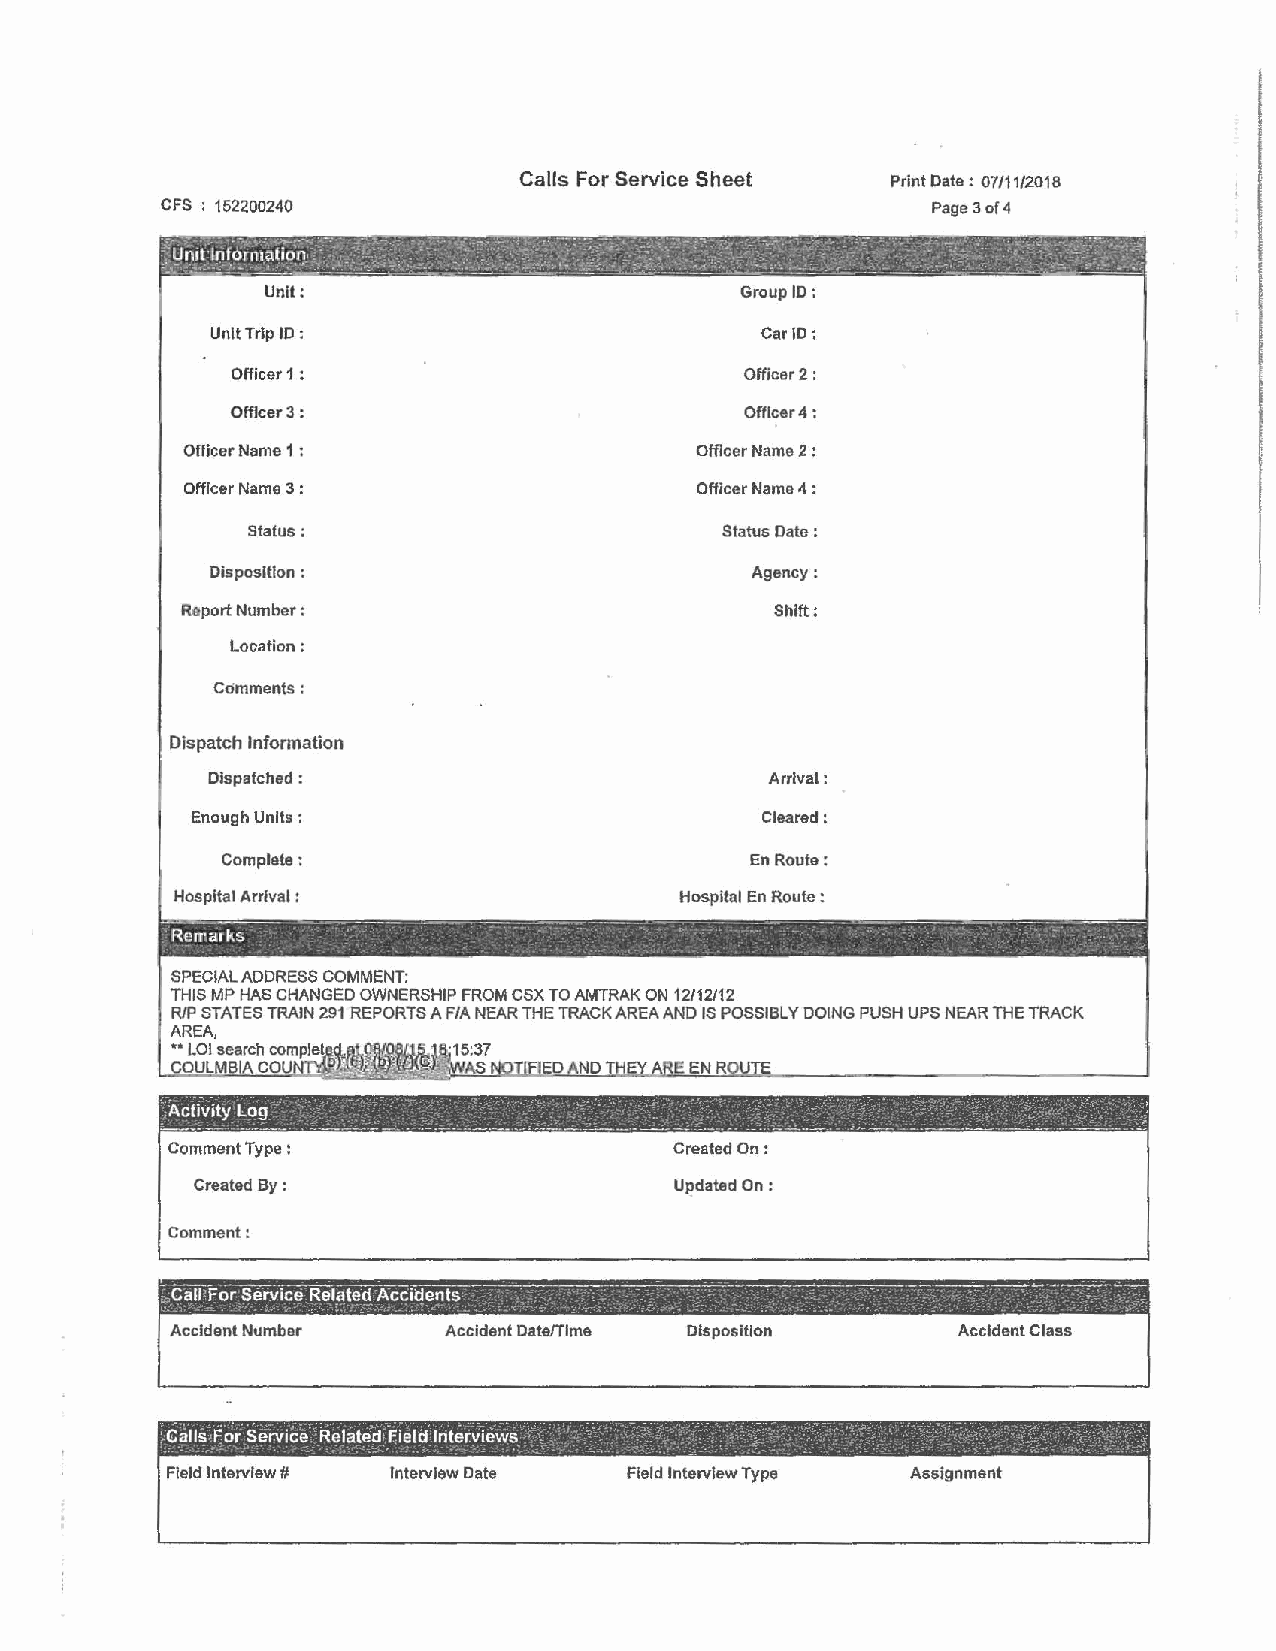
Calls For Service Sheet  Print Date: 07/11/2018
 CFS 152200240                                      Page 3 of 4
 Unit:                           Group ID:
 Unit Trip ID :                      Car ID:
 Officer 1 :                       Officer 2:
 Officer 3:                        Offlcer4:
 Officer Name 1 :                  Officer Name 2 :
 Officer Name 3 :                  Officer Name 4 :
 Status:                        Status Date :
 Disposition :                      Agency:
 Report Number:                         Shift:
 Location:
 Comments:
 Dispatch Information
 Dispatched :                         Arrival:
 Enough Units:                         Cleared:
 Complete:                          En Route:
 Hospital Arrival :                Hospital En Route :
 'Rerr:arks  ·        · ·          '      -       -----:--- · - · ·
 .                   ,-            .
 SPECIAL ADDRESS COMMENT:
 THIS MP HAS CHANGED OWNERSHIP FROM CSX TO AMTRAK ON 12/12112
 RIP STATES TRAIN 291 REPORTS AF/A NEAR THE TRACK AREA AND IS POSSIBLY DOING PUSH UPS NEAR THE TRACK
 AREA,
 .. LOI search complel .
 COULMB COLIN
 ';Actrvity_L og ·- ·_ -,, . ' - ..- .-- . - _-___·_ _ __' .. --- ·. -.. : ___ ·._:: '. _. ·_,_-_ ·_ ___ ' . :· ---. : : ___ ,-. __ ·-·.' ..: : .. ·-·:·.::
 Comment Type :                   Created On:
 Created By:                    Updated On:
 Comment:
 Accident Number   Accident Date/Time Disposition    Accident Class
 ;> ,. ' ;. _.-' - . .
 ,Calls-For Servici/ Related Field Interviews <      < ..' · ·. .: - -~- ,:'-,, .· _:_
 J •• -• '-; _, ·: :; • -. • •
 '. : •• ,.-• -' • • ' •- , • • ,• ·,~ ~ ~ • • • • - - • • • , ' ' • ,-,. ", - I _::~
 F!eld Interview # Interview Date Field Interview Type Assignment